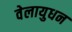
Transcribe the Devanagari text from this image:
वेलायुधन